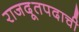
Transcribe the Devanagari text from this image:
राजदूतपदाची